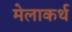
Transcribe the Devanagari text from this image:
मेलाकर्थ